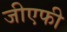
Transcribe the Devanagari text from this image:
जीएफी